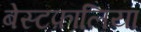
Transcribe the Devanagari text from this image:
बेस्टफ़ालिया